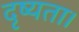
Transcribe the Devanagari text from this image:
दृष्यता।